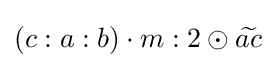
\left(c:a:b\right)\cdot m:2\odot {\widetilde {ac}}